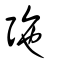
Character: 㢮